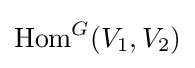
{\text{Hom}}^{G}(V_{1},V_{2})